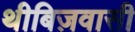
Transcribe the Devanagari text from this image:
थीबिज़वासी